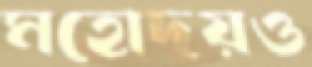
মহোদয়ও